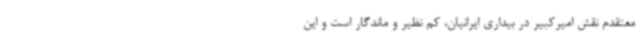
معتقدم نقش امیرکبیر در بیداری ایرانیان، کم نظیر و ماندگار است و این